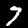
Label: 7